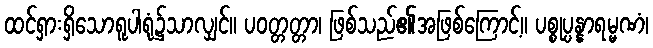
ထင်ရှားရှိသောရူပါရုံ၌သာလျှင်။ ပဝတ္တတ္တာ၊ ဖြစ်သည်၏အဖြစ်ကြောင့်။ ပစ္စုပ္ပန္နာရမ္မဏံ၊